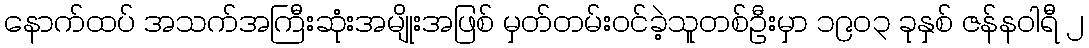
နောက်ထပ် အသက်အကြီးဆုံးအမျိုးအဖြစ် မှတ်တမ်းဝင်ခဲ့သူတစ်ဦးမှာ ၁၉၀၃ ခုနှစ် ဇန်နဝါရီ ၂